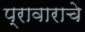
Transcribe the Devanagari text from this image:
प्रावाराचे